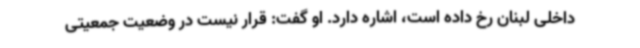
داخلی لبنان رخ داده است، اشاره دارد. او گفت: قرار نیست در وضعیت جمعیتی